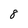
Character: 8